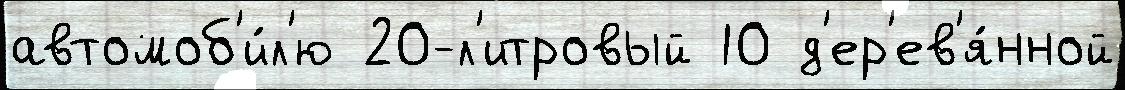
автомоб'и́л'ю 20-л'итровый 10 д'ер'ев'я́нной